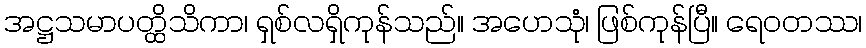
အဋ္ဌသမာပတ္ထိသိကာ၊ ရှစ်လရှိကုန်သည်။ အဟေသုံ၊ ဖြစ်ကုန်ပြီ။ ရေဝတဿ၊